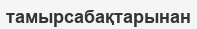
тамырсабақтарынан